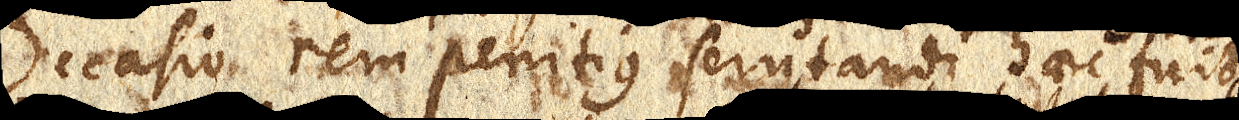
Occasio rem penitius scrutandi haec fuit: